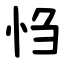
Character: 㤘